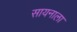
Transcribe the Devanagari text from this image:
सायनाला